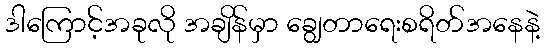
ဒါကြောင့်အခုလို အချိန်မှာ ချွေတာရေးစရိတ်အနေနဲ့